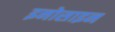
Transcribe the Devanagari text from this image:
इनोसाइन